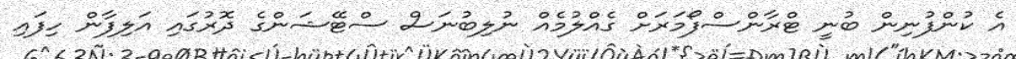
އެ ކުންފުނިން ބުނީ ޓްރާންސްފޯމަރަށް ގެއްލުމެއް ނުލިބުނަސް ސްޓޭޝަންގެ ދޮރުގައި އަލިފާން ހިފައި